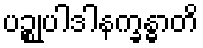
ပဉ္စုပါဒါနက္ခန္ဓာတိ